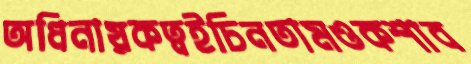
অধিনায়কত্বইচিনতামওকশাব